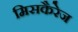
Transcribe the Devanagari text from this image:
मिसकैरेज